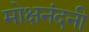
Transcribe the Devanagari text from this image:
मोक्षनंदनी